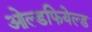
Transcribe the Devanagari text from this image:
ओल्डफियेल्ड